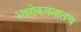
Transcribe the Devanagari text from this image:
अशोकवनातच